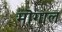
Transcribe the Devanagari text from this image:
मॊगाल